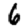
Digit: 6